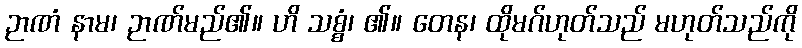
ဉာဏံ နာမ၊ ဉာဏ်မည်၏။ ဟိ သစ္စံ၊ ၏။ တေန၊ ထိုမဂ်ဟုတ်သည် မဟုတ်သည်ကို